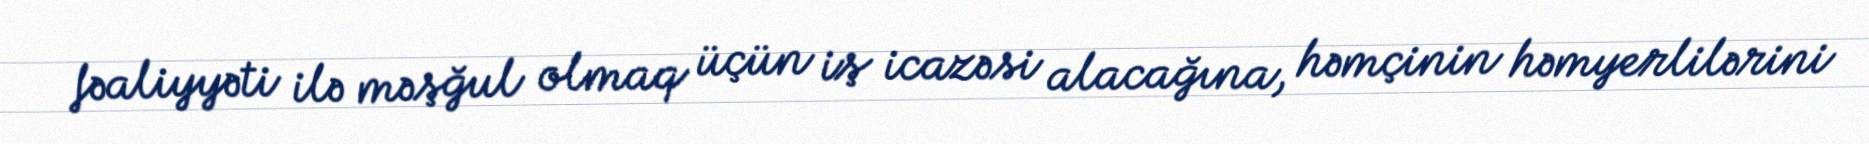
fəaliyyəti ilə məşğul olmaq üçün iş icazəsi alacağına, həmçinin həmyerlilərini